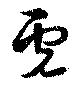
虎